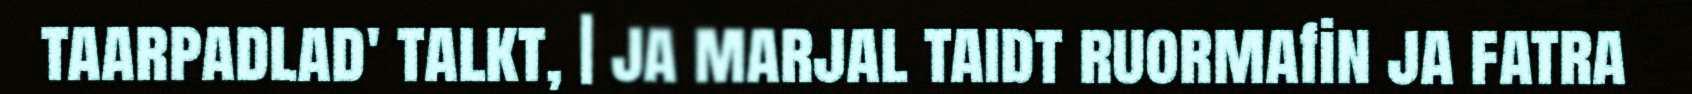
taarpadlad' talkt, | ja marjal taidt ruormafin ja fatra